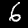
Digit: 6